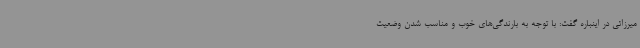
میرزائی در اینباره گفت: با توجه به بارندگی‌های خوب و مناسب شدن وضعیت